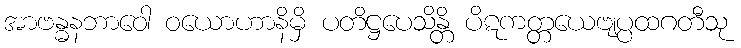
အာဗန္ဓနဘာဝေါ ဝယောဟာနိမှိ ပတိဋ္ဌပေသိန္တိ ပိဋကတ္တယေဗျပ္ပထဂတီသု